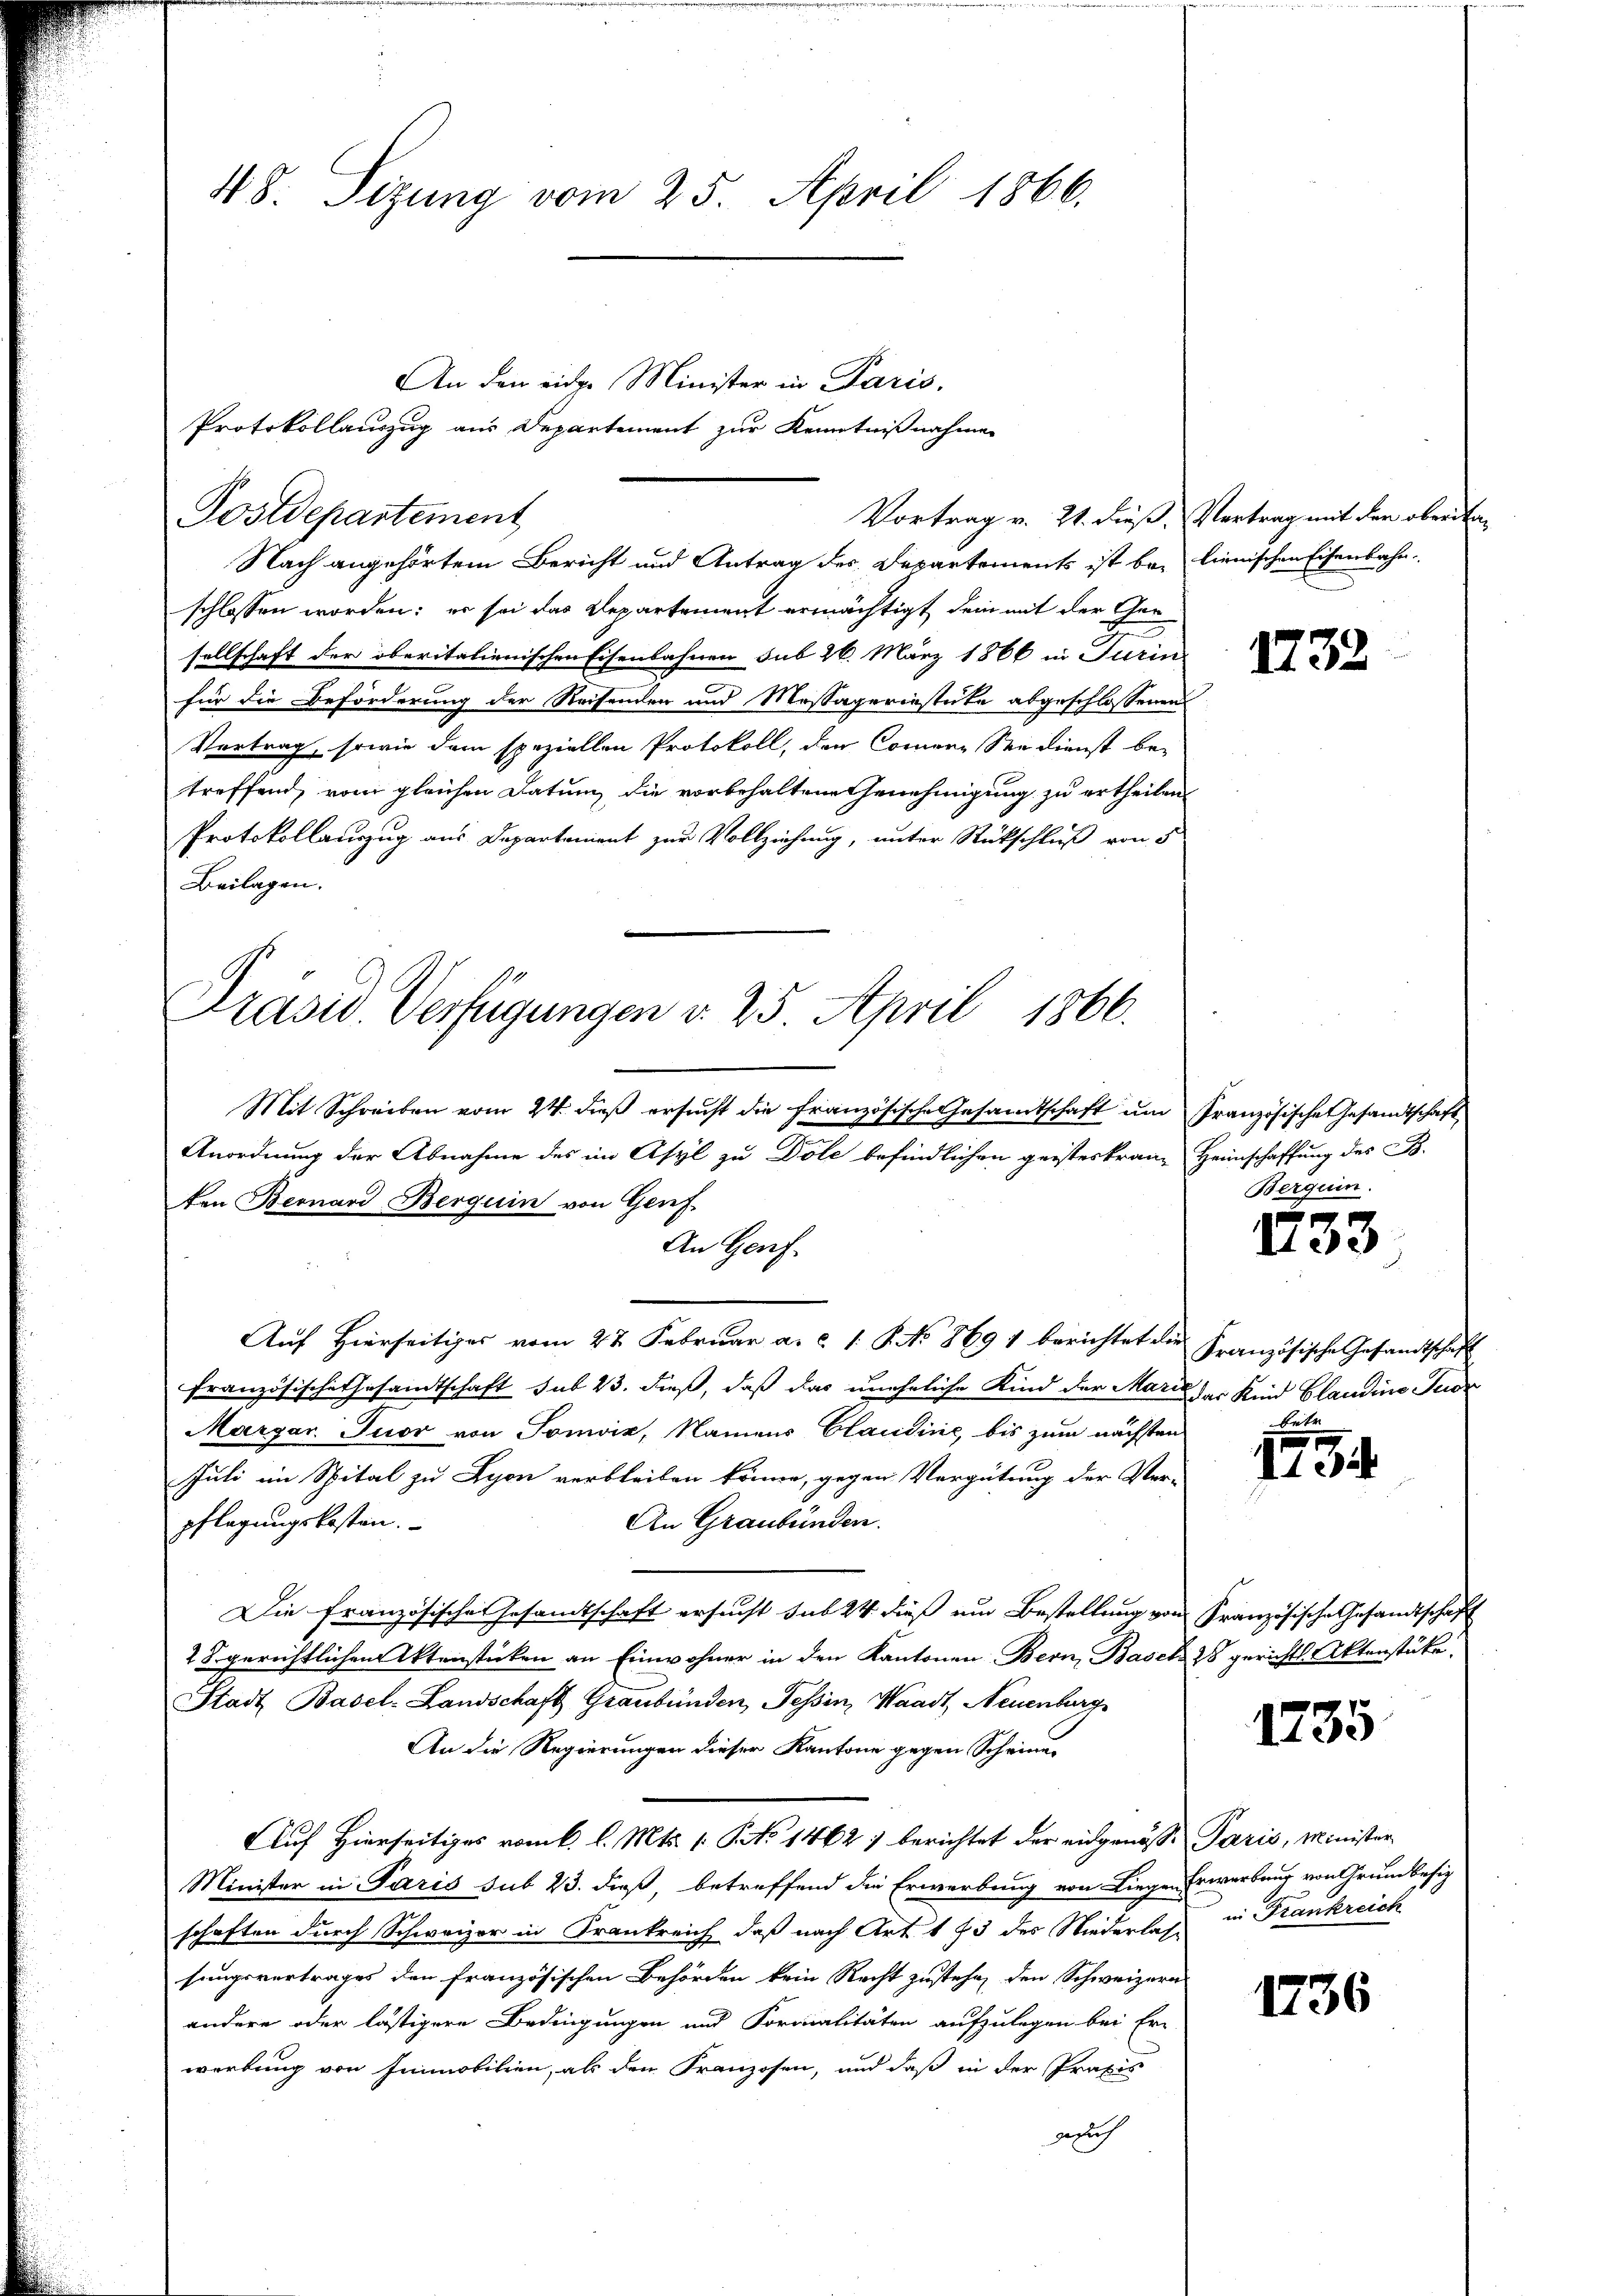
Postdepartement
schlossen worden; er sei das Departement ermächtigt, dein mit der Gen
sellschaft der oberitalienischen Eisenbahnen sub 26. März 1866 in Turin
für die Beförderung der Reisenden und Massageriestute abgeschlossenen
Vertrag, sowie dem speziellen Protokoll, den Commene Seedienst be-
treffend, vom gleichen Datum die vorbehaltene Genehmigung zu ertheilen,
Protokollauszug aus Departement zur Vollziehung, unter Rückschluß von 5
Beilagen.
Präsid. Verfügungen v. 25. April 1866.

48. Sizung vom 25. April 1866.

Protokollauszug aus Departement zur Kenntnißnahmen
Vortrag v. 21. dieß, Vertrag mit der obersta¬
Nach angehörtem Bericht und Antrag des Departements ist bei lienischen Eisenbahn.

An den einer Minister in Paris.

Mit Schreiben vom 24. dieß ersucht die französische Gesamtschaft um Französische Gesandtschaft
Anordnung der Abnahme des im Asyl zu Dole befindlichen geisteskranz Heimschaffung des B.
ten Bernard Berguin von Genf
An Genf.
Auf Hierseitiges vom 27. Februar a. c. 1. P. No 869 1 berichtet die Französische Gesandtschaft
Französische Ehrsandtschaft sub 23. dieß, daß das uneheliche Kind der Marie der Kind Claudine Tuor
Margar. Tuor von Sonvik, Namens Claudine, bis zum nächsten
Juli im Spital zu Lyon verbleiben könne, gegen Vergütung der Ver-
An Graubünden.
pflegungskosten.
Die französische Gesandtschaft ersucht sub 24 dieß ein Bestellung von Französische Gesandtschaft
28. gerichtlichen Aktenstücken an Einwohner in den Kantonen Bern, Basel 28 gerichts Aktenstücke.
Stadt Basel-Landschaft Graubünden, Tessin, Waadt, Neuenburg
An die Regierungen dieser Kantone gegen Scheinen
Auf Hierseitiges vom k. l. Mts. 1. No 1462) berichtet der eidgenosse Paris, Minister
Minister in Paris sub 23. dieß, betreffend die Erwerbung von Liegen Erwerbung von Grundbesiz
schaften durch Schweizer in Krankreich, daß nach Art. 173 des Niederlass in Frankreich
sungsvertrages den französischen Behörden kein Recht zustehe, den Schweizern
andere oder lästigere Bedingungen und Formalitäten aufzulegen bei Er
werbung von Immobilien, als den Franzosen, und daß in der Praxis
gesich

1732

Berquin.

433

Brit

9
110

1735

1736